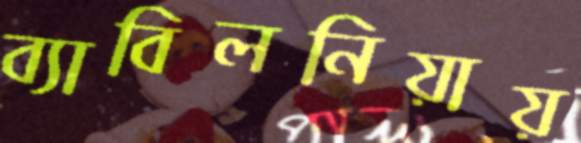
ব্যাবিলনিয়ায়